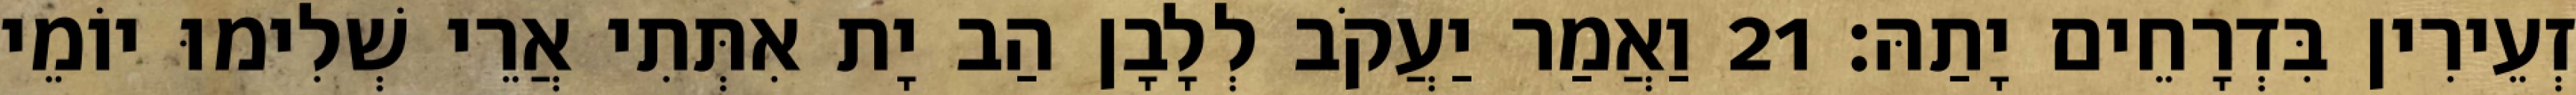
זְעֵירִין בִּדְרָחֵים יָתַהּ׃ 21 וַאֲמַר יַעֲקֹב לְלָבָן הַב יָת אִתְּתִי אֲרֵי שְׁלִימוּ יוֹמֵי